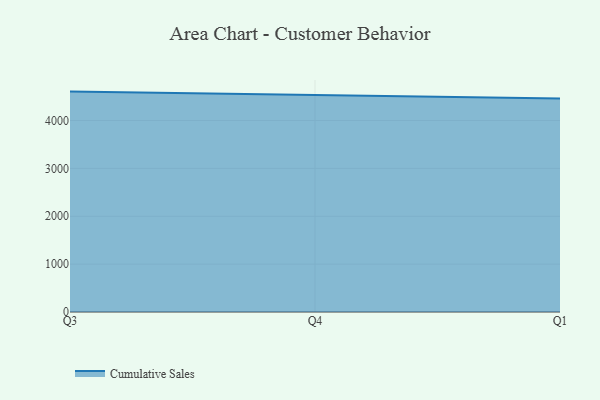
{"axis": {"x": "Quarter", "y": "Churn Rate (%)"}, "legend": ["Cumulative Sales"], "data": [{"x": "Q3", "y": 4604.2, "type": "Cumulative Sales"}, {"x": "Q4", "y": 4532.0, "type": "Cumulative Sales"}, {"x": "Q1", "y": 4458.0, "type": "Cumulative Sales"}]}